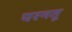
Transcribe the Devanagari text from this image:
परनतू